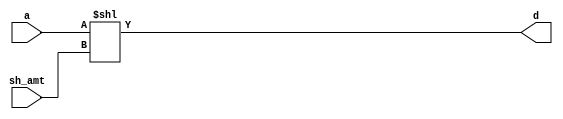
`timescale 1ns/1ns

module SHL(a,sh_amt,d);

    parameter DATAWIDTH = 32;
    input [DATAWIDTH-1:0] a;
    input [DATAWIDTH-1:0] sh_amt;

    output reg [DATAWIDTH-1:0] d;

    always @(a,sh_amt) begin
        d <= a << sh_amt;
    end
endmodule